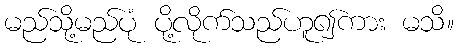
မည်သို့မည်ပုံ ပို့လိုက်သည်ဟူ၍ကား မသိ။